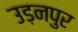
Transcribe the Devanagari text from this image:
उड़नपुर